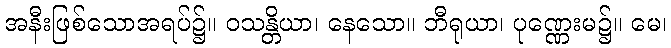
အနီးဖြစ်သောအရပ်၌။ ဝသန္တိယာ၊ နေသော။ ဘီရုယာ၊ ပုဏ္ဏေးမ၌။ မေ၊